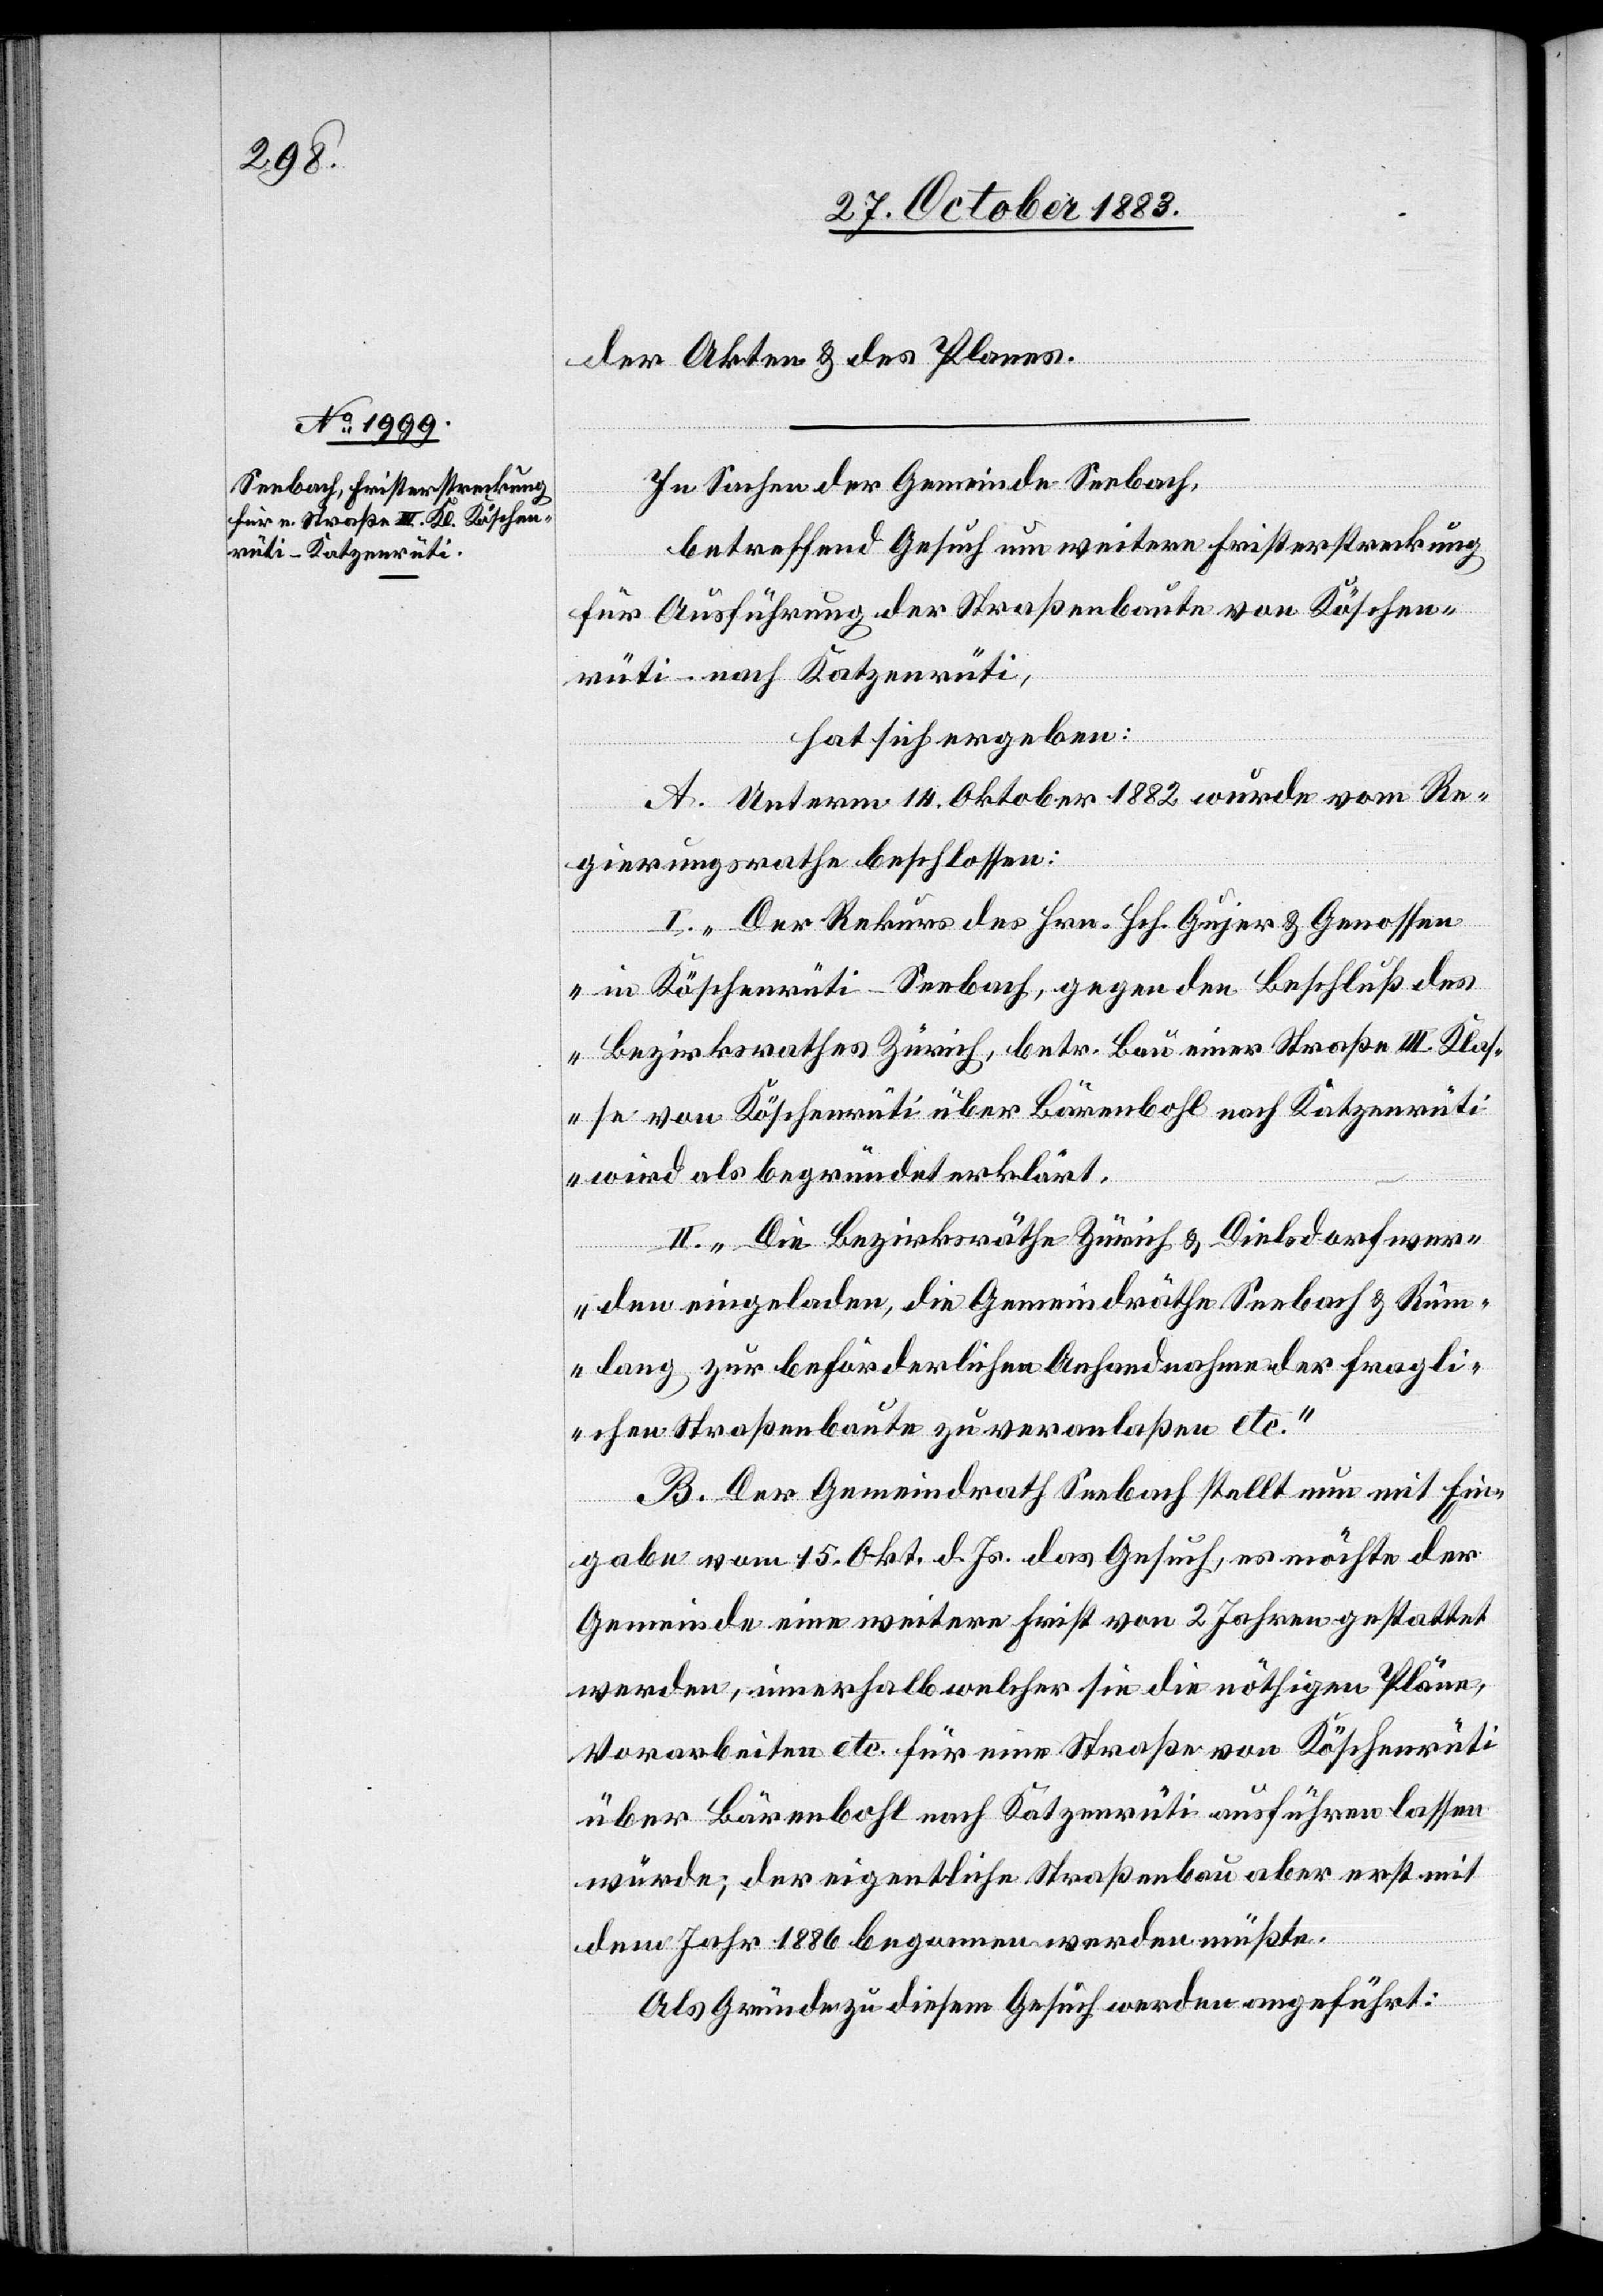
der Akten & des Planes.
In Sachen der Gemeinde Seebach,
betreffend Gesuch um weitere Fristerstreckung
für Ausführung der Straßenbaute von Köschen¬
rüti nach Katzenrüti,
hat sich ergeben:
A. Unterm 14. Oktober 1882 wurde vom Re¬
gierungsrathe beschlossen:
I. „Der Rekurs des Hrn. Hch. Gujer & Genossen
in Köschenrüti - Seebach, gegen den Beschluß des
Bezirksrathes Zürich, betr. Bau einer Straße III. Kla¬
sse von Köschenrüti über Bärenbohl nach Katzenrüti
wird als begründet erklärt.
II. Die Bezirksräthe Zürich & Dielsdorf wer¬
den eingeladen, die Gemeindräthe Seebach & Rüm¬
lang zur beförderlichen Anhandnahme der fragli¬
chen Straßenbaute zu veranlaßen etc.“
B. Der Gemeindrath Seebach stellt nun mit Ein¬
gabe vom 15. Okt. d. Js. das Gesuch, es möchte der
Gemeinde eine weitere Frist von 2 Jahren gestattet
werden, innerhalb welcher sie die nöthigen Pläne,
Vorarbeiten etc. für eine Straße nach Katzenrüti
würde; der eigentliche Straßenbau aber erst mit
dem Jahr 1886 begonnen werden müßte.
Als Gründe zu diesem Gesuch werden angeführt: